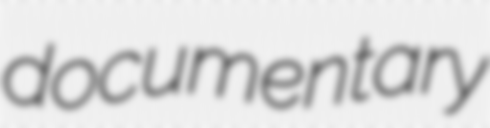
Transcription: documentary